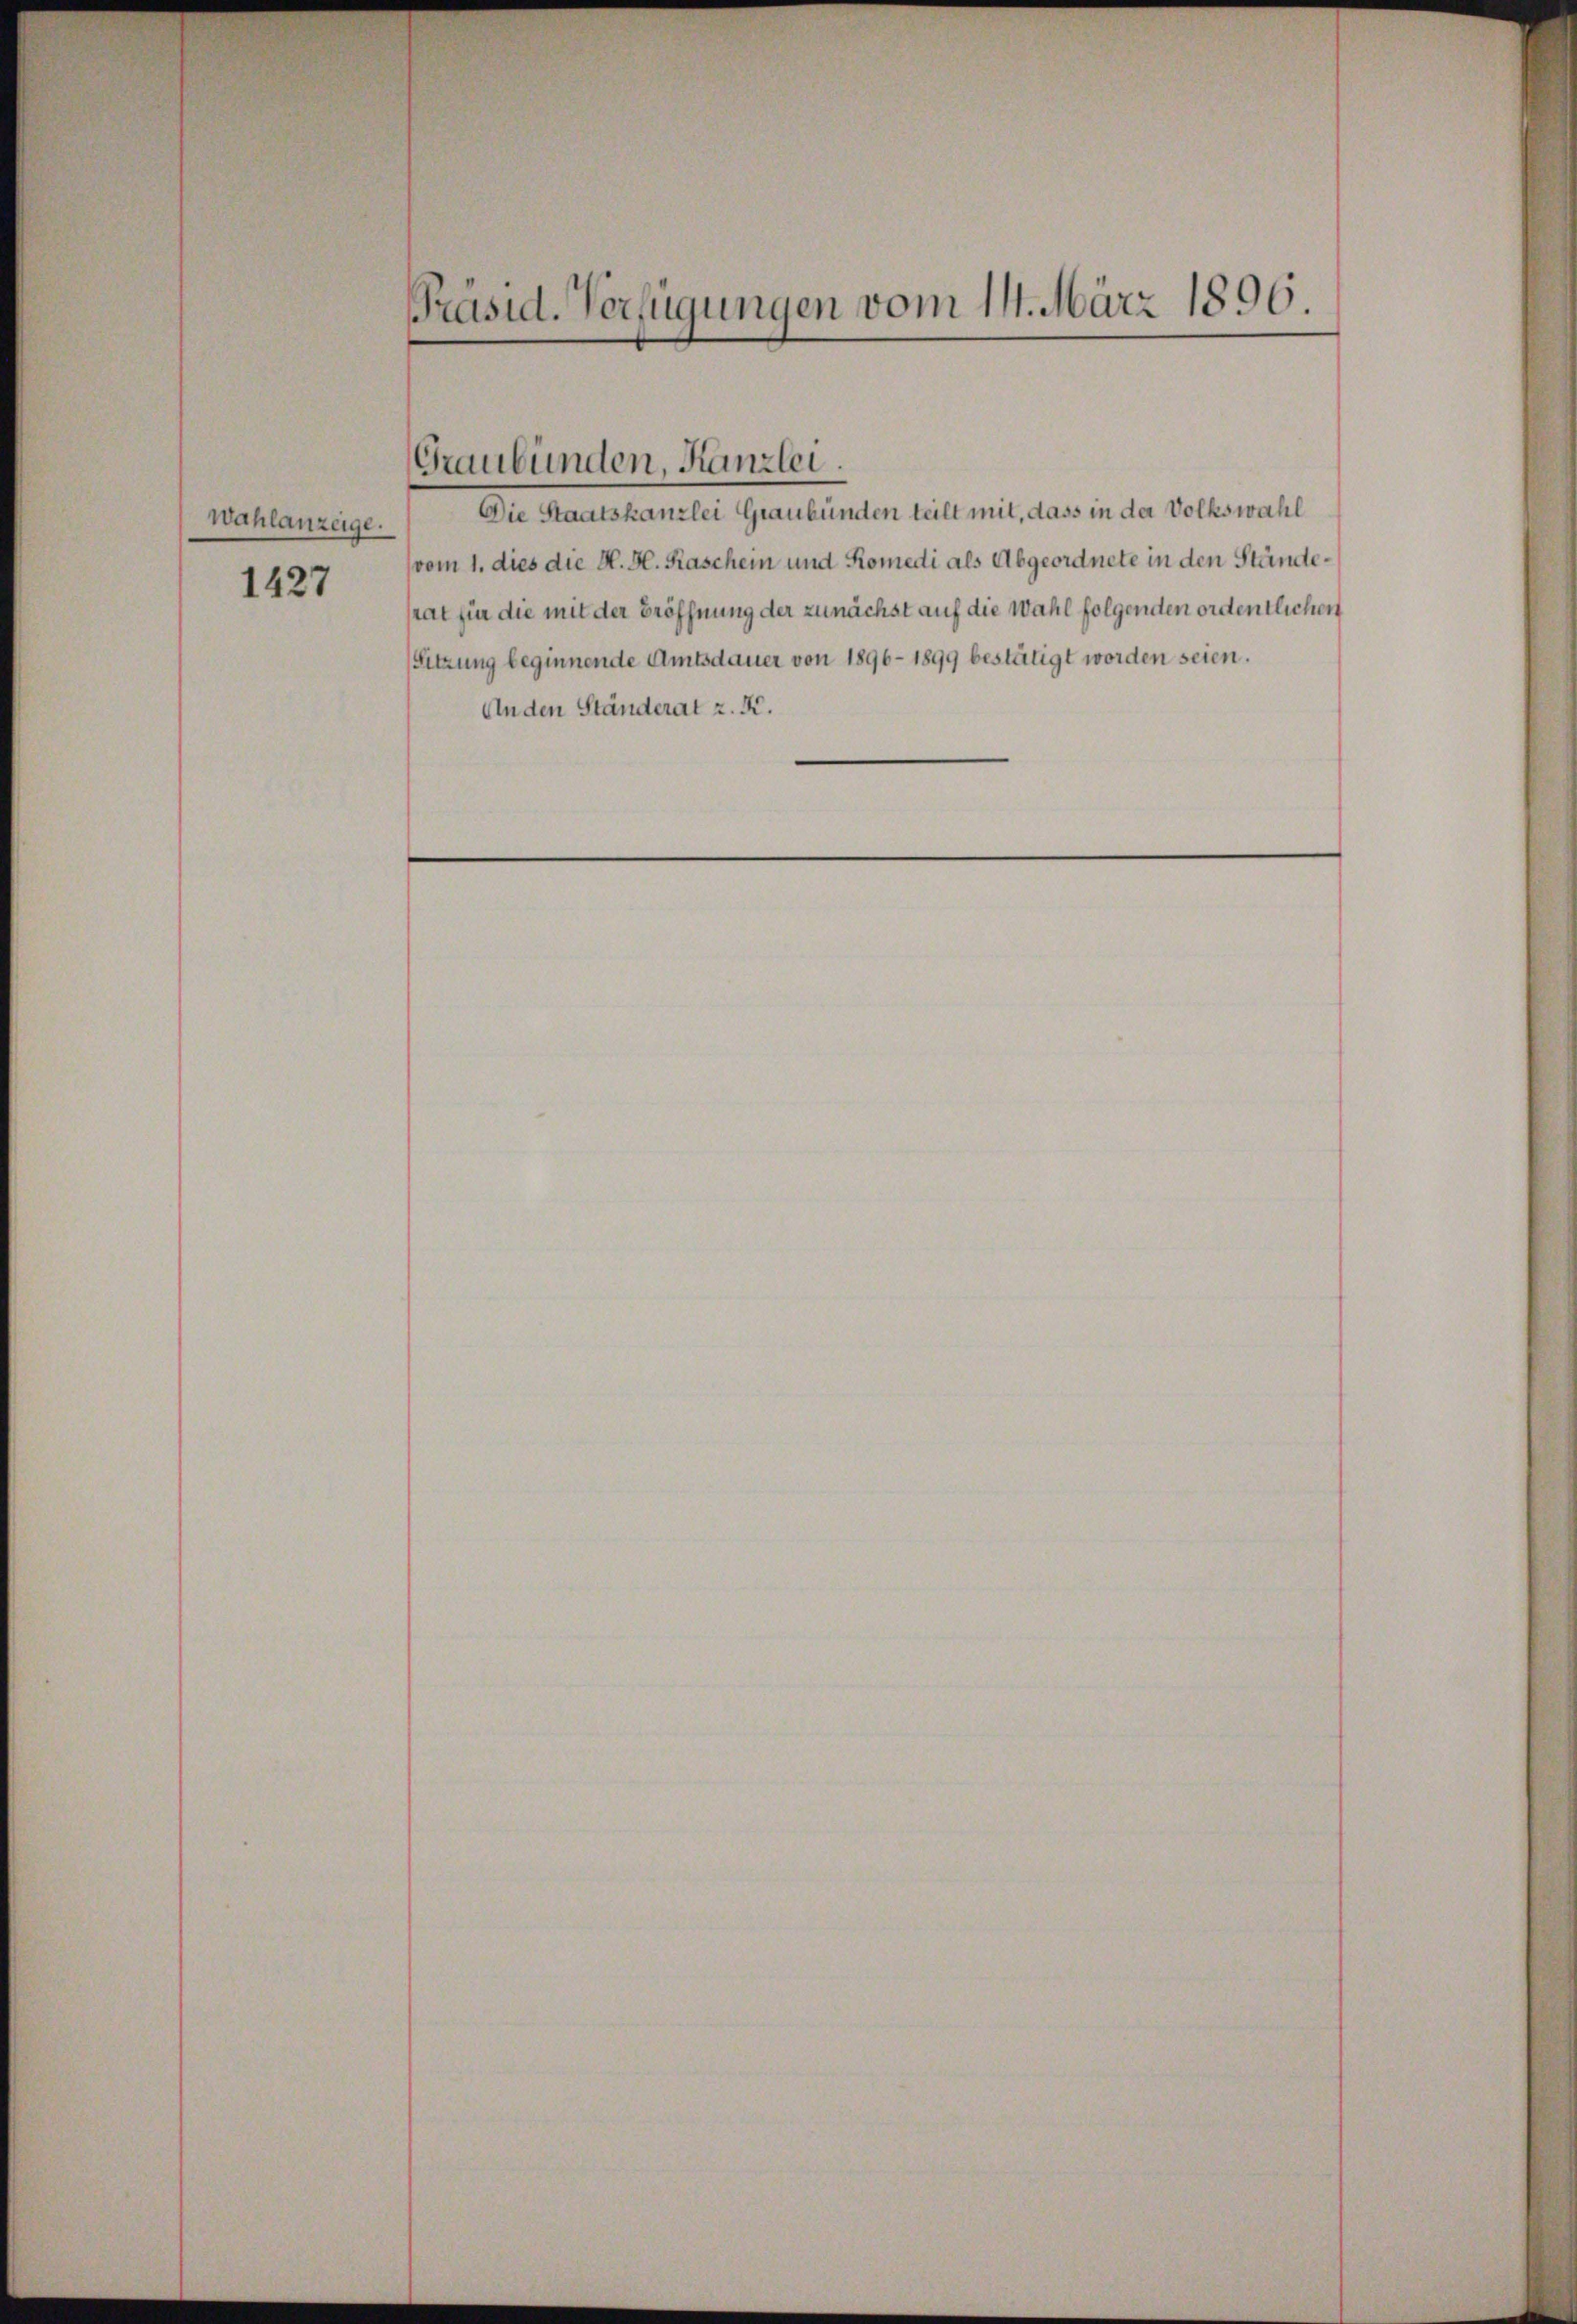
Wahlanzeige.

1427

Präsid. Verfügungen vom 14. März 1896.

Die Staatskanzlei Graubünden teilt mit, dass in der Volkswahl
vom 1. dies die H. H. Raschein und Romedi als Abgeordnete in den Ständesrat für die mit der Eröffnung der zunächst auf die Wahl folgenden ordentlichen
Sitzung beginnende Amtsdauer von 1896 - 1899 bestätigt worden seien.
Anden Ständerat z. K.

Graubünden, Kanzlei.